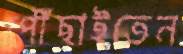
পৌঁছাইতেন